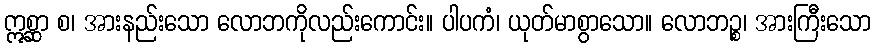
ဣစ္ဆာ စ၊ အားနည်းသော လောဘကိုလည်းကောင်း။ ပါပကံ၊ ယုတ်မာစွာသော။ လောဘဉ္စ၊ အားကြီးသော